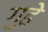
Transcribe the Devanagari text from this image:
गुढे